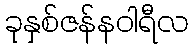
ခုနှစ်ဇန်နဝါရီလ